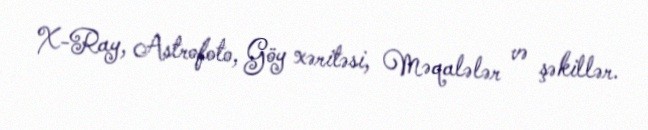
X-Ray, Astrofoto, Göy xəritəsi, Məqalələr və şəkillər.